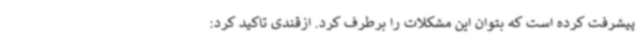
پیشرفت کرده است که بتوان این مشکلات را برطرف کرد. ازقندی تاکید کرد: